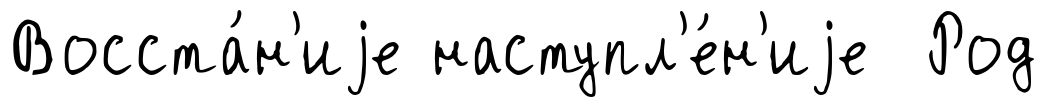
Восста́н'иjе наступл'е́н'иjе Род